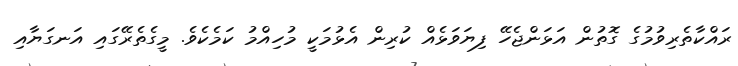
ރައްކާތެރިވުމުގެ ގޮތުން އަޅަންޖެހޭ ފިޔަވަޅެއް ކުރިން އެޅުމަކީ މުހިއްމު ކަމެކެވެ. މީގެތެރޭގައި އަނގަޔާއި